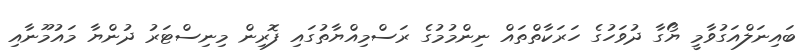
ބައިނަލްއަގުވާމީ ޔޯގާ ދުވަހުގެ ހަރަކާތްތައް ނިންމުމުގެ ރަސްމިއްޔާތުގައި ފޮރިން މިނިސްޓަރު ދުންޔާ މައުމޫނާއި